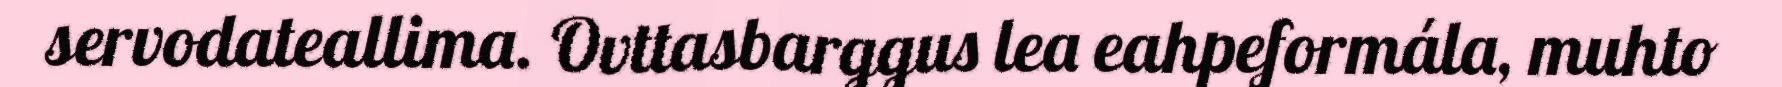
servodateallima. Ovttasbarggus lea eahpeformála, muhto